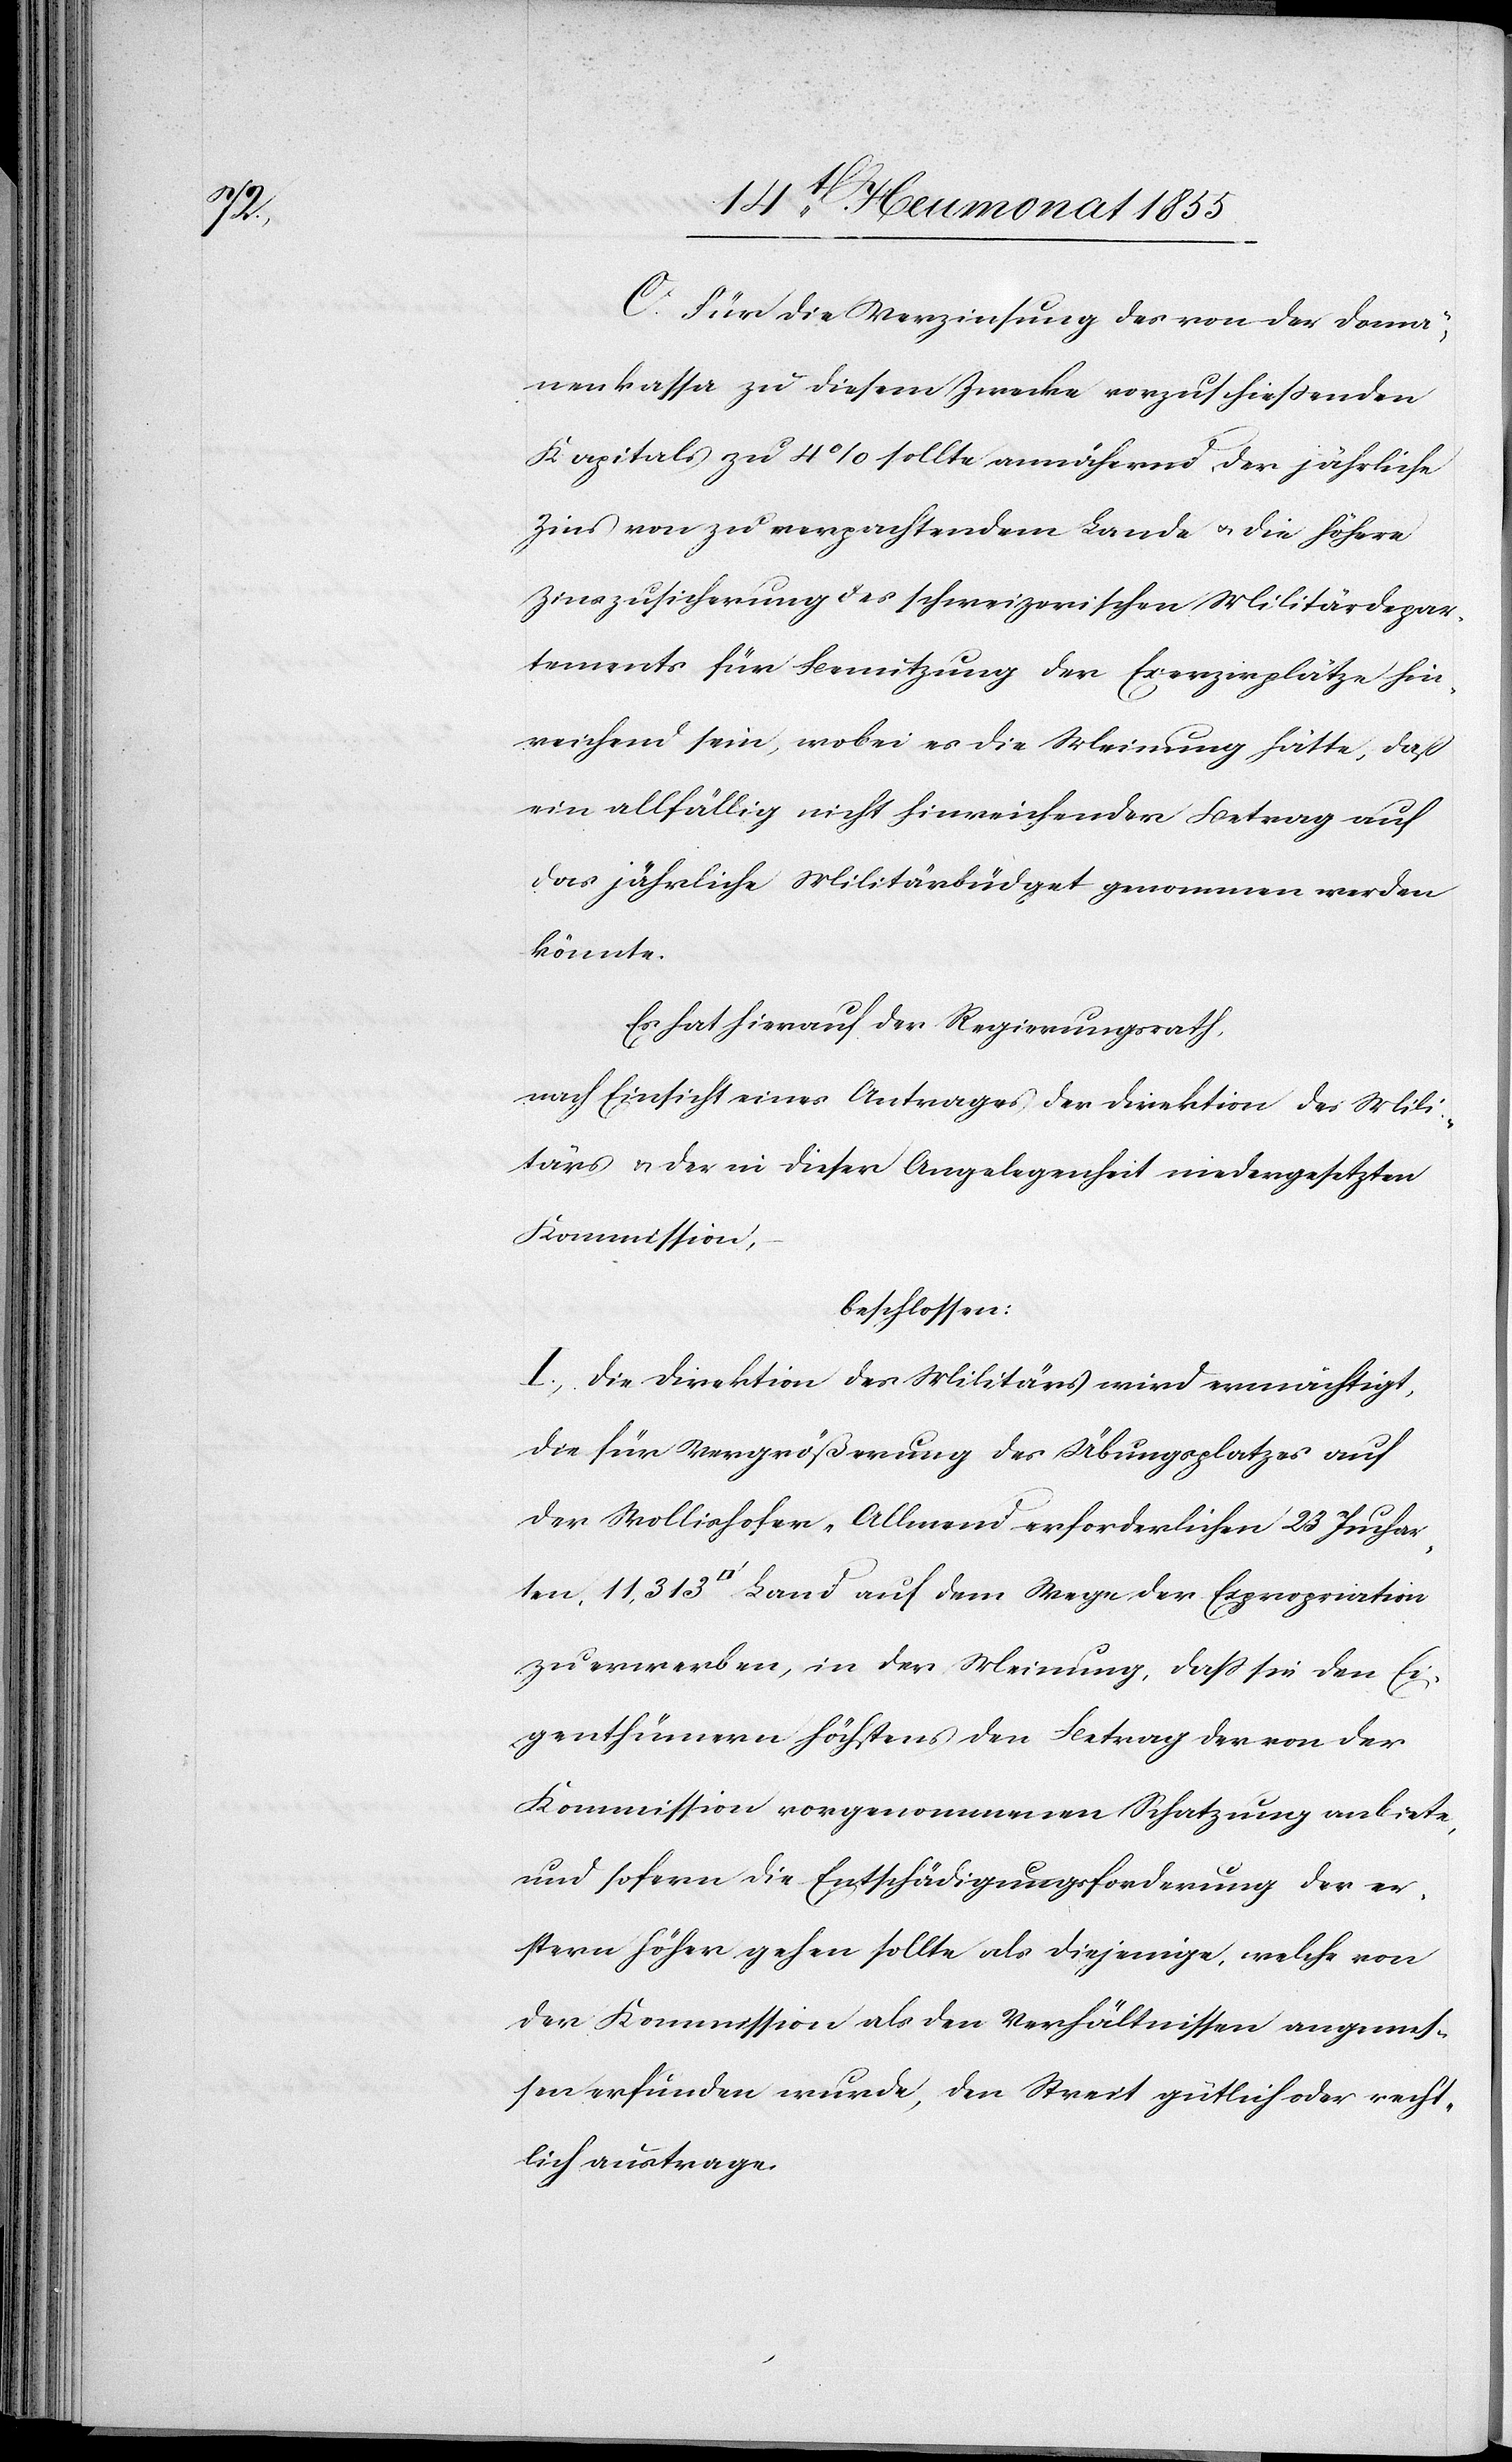
der

C. Für die Verzinsung des von der Domä¬
nenkassa zu diesem Zwecke vorzuschiessenden
Kapitals zu 4% sollte annähernd der jährliche
Zins von zu verpachtendem Lande & die höhere
Zinszusicherung des schweizerischen Militärdepar¬
tements für Benutzung der Exerzirplätze hin¬
reichend sein, wobei es die Meinung hätte, daß
ein allfällig nicht hinreichender Betrag auf
das jährliche Militärbüdget genommen werden
könnte.
Es hat hierauf der Regierungsrath,
nach Einsicht eines Antrages der Direktion des Mili¬
tärs & der in dieser Angelegenheit niedergesetzten
Kommission,
beschlossen:
I., Die Direktion des Militärs wird ermächtigt,
die für Vergrößerung des Übungsplatzes auf
der Wollishofer-Allmend erforderlichen 23 Juchar¬
zu erwerben, in der Meinung, dass sie den Ei¬
genthümern höchstens den Betrag der von der
Kommission vorgenommenen Schatzung anbiete,
und sofern die Entschädigungsforderung der er¬
stern höher gehen sollte als diejenige, welche von
der Kommission als den Verhältnissen angemes¬
sen erfunden wurde, den Streit gütlich oder recht¬
lich austrage.